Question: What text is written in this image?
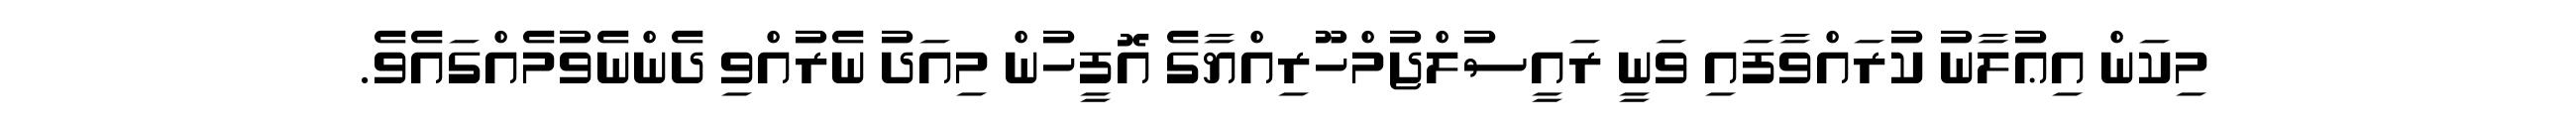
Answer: މިކަން އިޢުލާނު ކުރައްވާފައި ވަނީ ރައީސުލްޖުމްހޫރިއްޔާގެ އޮފީހުން މިއަދު ނެރުއްވި ދެންނެވުމެއްގައެވެ.